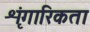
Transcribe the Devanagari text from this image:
शृंगारिकता